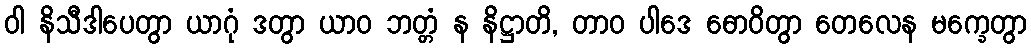
ဝါ နိသီဒါပေတွာ ယာဂုံ ဒတွာ ယာဝ ဘတ္တံ န နိဋ္ဌာတိ, တာဝ ပါဒေ ဓောဝိတွာ တေလေန မက္ခေတွာ